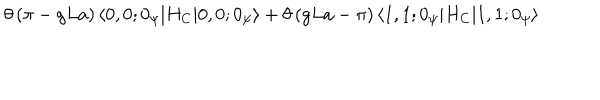
LaTeX: \theta \left( \pi - g L a \right) \langle 0 , 0 ; 0 _ { \psi } | H _ { C } | 0 , 0 ; 0 _ { \psi } \rangle + \theta \left( g L a - \pi \right) \langle 1 , 1 ; 0 _ { \psi } | H _ { C } | 1 , 1 ; 0 _ { \psi } \rangle